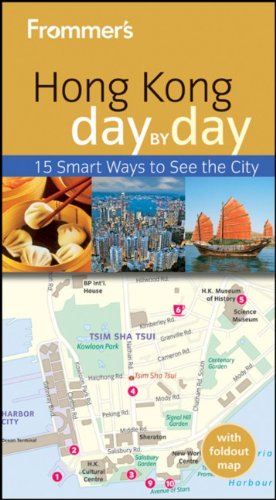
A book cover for Frommer's Hong Kong Day by Day (Frommer's Day by Day - Pocket); Graham Bond; Travel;